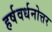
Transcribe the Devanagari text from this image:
हर्षवर्धनोत्तर